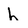
Character: h